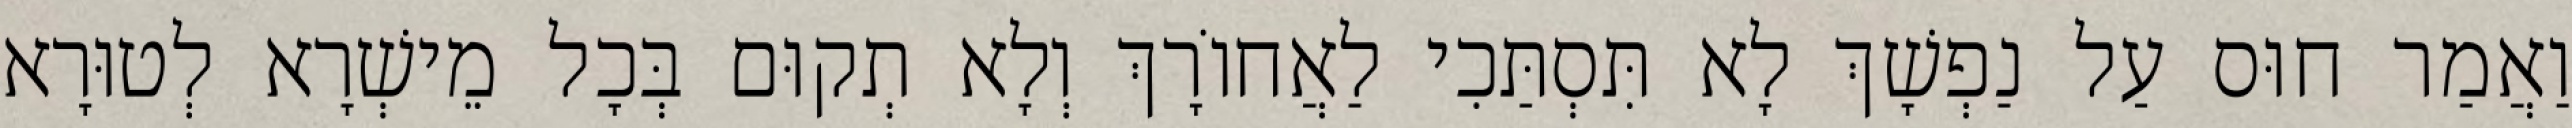
וַאֲמַר חוּס עַל נַפְשָׁךְ לָא תִּסְתַּכִי לַאֲחוֹרָךְ וְלָא תְקוּם בְּכָל מֵישְׁרָא לְטוּרָא